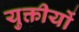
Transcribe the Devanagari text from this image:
युक्तीयों